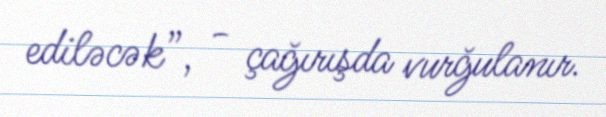
ediləcək”, - çağırışda vurğulanır.